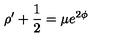
\rho ^ { \prime } + \frac { 1 } { 2 } = \mu e ^ { 2 \phi }